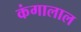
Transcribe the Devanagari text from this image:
कंगालाल